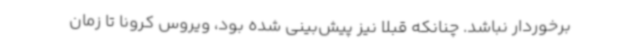
برخوردار نباشد. چنانکه قبلا نیز پیش‌بینی شده بود، ویروس کرونا تا زمان